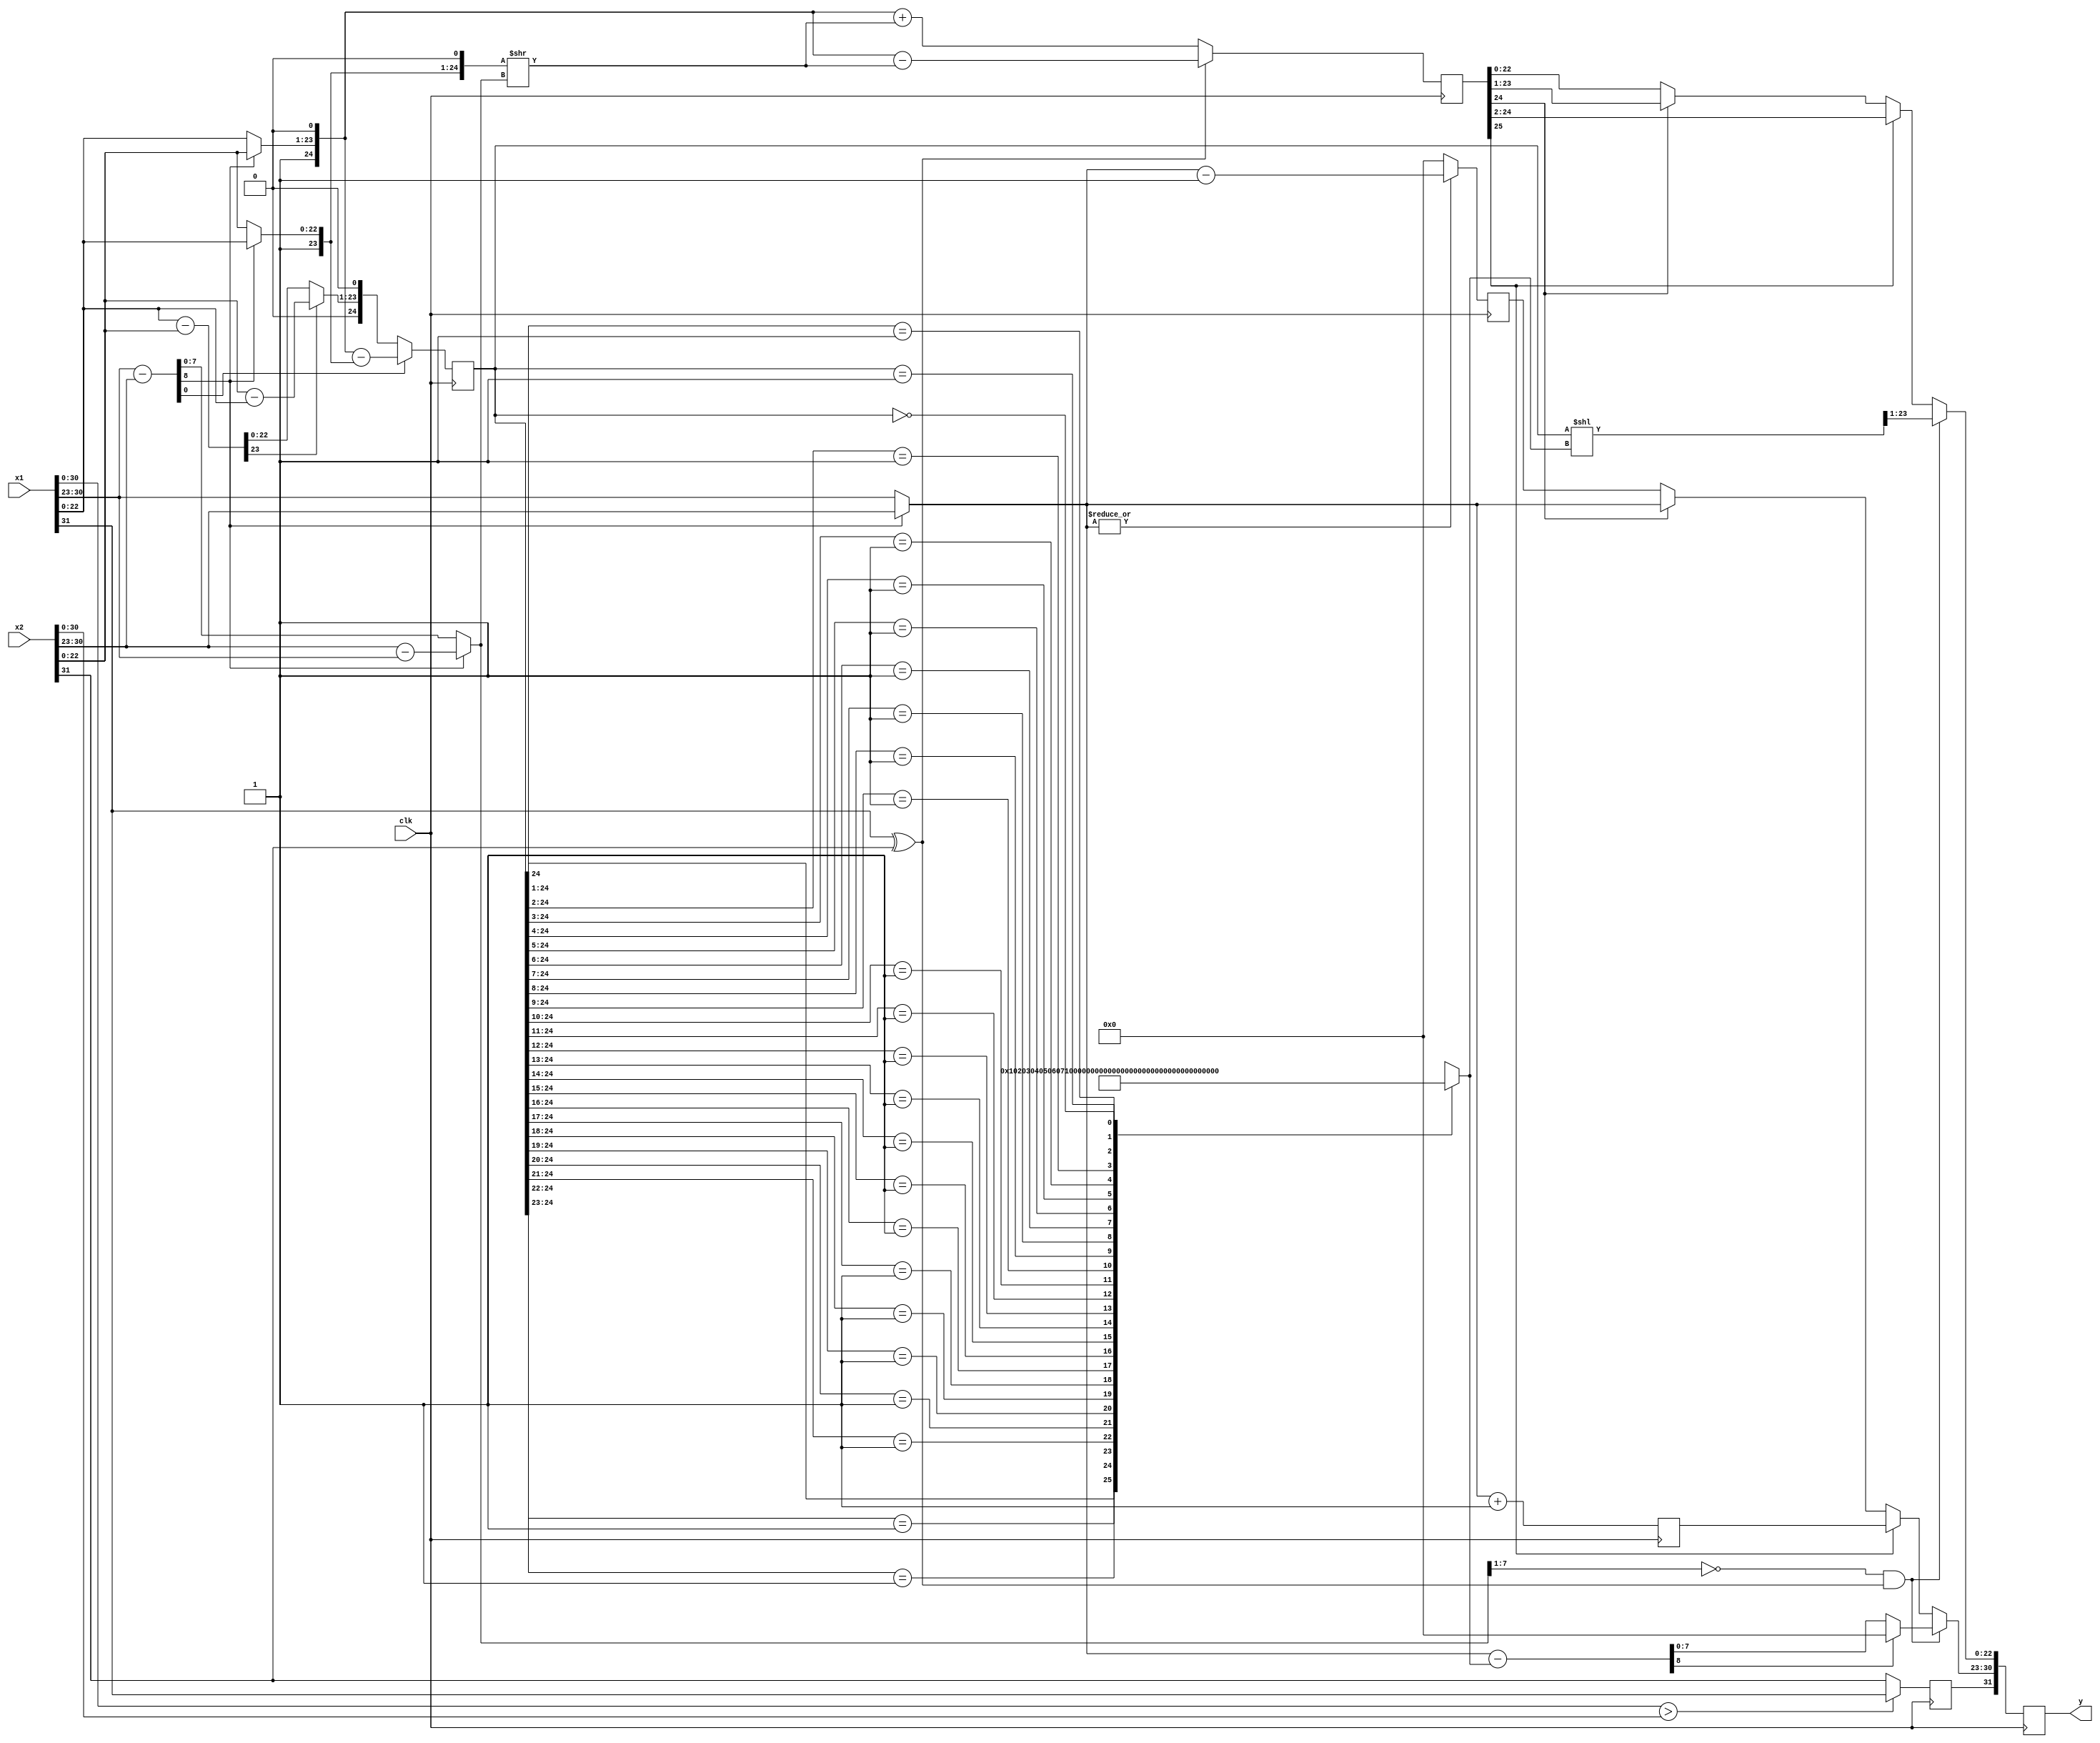
module fadd(
		input wire clk,
    input wire [31:0] x1,
    input wire [31:0] x2,
    output reg [31:0] y  // 2
		);

// x1,x2

    wire [7:0] e1,e2; // 0
    wire [22:0] mx1,mx2; // 0
    assign e1 = x1[30:23];
    assign mx1 = x1[22:0];
    assign e2 = x2[30:23];
    assign mx2 = x2[22:0];

    // path1,2
    wire [8:0] sm1; // 0
    wire [7:0] sm2; // 0
    wire [7:0] sm; // 0
    assign sm1 = e1 - e2;
    assign sm2 = e2 - e1;
    assign sm = (sm1[8]) ? sm2: sm1[7:0];

    wire [7:0] e1a; // 0
    wire [22:0] m1a,m2a; // 0
    assign e1a = (sm1[8]) ? e2: e1;
    assign m1a = (sm1[8]) ? mx2: mx1;
    assign m2a = (sm1[8]) ? mx1: mx2;

    // path1 |e1 - e2| = 0 or 1  
    wire [23:0] m1_01; // 0
    wire [22:0] m1_02; // 0
    assign m1_01 = mx1 - mx2;
    assign m1_02 = mx2 - mx1;

    wire [22:0] m1_0; // 0
    assign m1_0 = (m1_01[23]) ? m1_02: m1_01[22:0];

    wire [24:0] m1_1; // 0
    assign m1_1 = {1'b1,m1a,1'b0} - {2'b01,m2a};

    reg [24:0] m1; // 1
		always @(posedge clk) begin
    	m1 <= (sm1[0]) ? m1_1: {1'b0,m1_0,1'b0};
		end

    function [7:0] SE1 (
	input [24:0] M1
    );
    begin
	casex(M1)
  25'b1xxxxxxxxxxxxxxxxxxxxxxxx: SE1 = 8'd0;
  25'b01xxxxxxxxxxxxxxxxxxxxxxx: SE1 = 8'd1;
	25'b001xxxxxxxxxxxxxxxxxxxxxx: SE1 = 8'd2;
	25'b0001xxxxxxxxxxxxxxxxxxxxx: SE1 = 8'd3;
	25'b00001xxxxxxxxxxxxxxxxxxxx: SE1 = 8'd4;
  25'b000001xxxxxxxxxxxxxxxxxxx: SE1 = 8'd5;
	25'b0000001xxxxxxxxxxxxxxxxxx: SE1 = 8'd6;
	25'b00000001xxxxxxxxxxxxxxxxx: SE1 = 8'd7;
	25'b000000001xxxxxxxxxxxxxxxx: SE1 = 8'd8;
	25'b0000000001xxxxxxxxxxxxxxx: SE1 = 8'd9;
	25'b00000000001xxxxxxxxxxxxxx: SE1 = 8'd10;
	25'b000000000001xxxxxxxxxxxxx: SE1 = 8'd11;
	25'b0000000000001xxxxxxxxxxxx: SE1 = 8'd12;
	25'b00000000000001xxxxxxxxxxx: SE1 = 8'd13;
	25'b000000000000001xxxxxxxxxx: SE1 = 8'd14;
	25'b0000000000000001xxxxxxxxx: SE1 = 8'd15;
	25'b00000000000000001xxxxxxxx: SE1 = 8'd16;
	25'b000000000000000001xxxxxxx: SE1 = 8'd17;
	25'b0000000000000000001xxxxxx: SE1 = 8'd18;
	25'b00000000000000000001xxxxx: SE1 = 8'd19;
	25'b000000000000000000001xxxx: SE1 = 8'd20;
	25'b0000000000000000000001xxx: SE1 = 8'd21;
	25'b00000000000000000000001xx: SE1 = 8'd22;
	25'b000000000000000000000001x: SE1 = 8'd23;
	25'b0000000000000000000000001: SE1 = 8'd24;
  25'b0000000000000000000000000: SE1 = 8'd255;
	endcase
    end
    endfunction

		// m1=1, otherwise=0

    wire [7:0] se1; // 1
    assign se1 = SE1(m1);

    wire [24:0] mya1; // 1
    assign mya1 = m1 << se1;

    wire [22:0] my1; // 1
    assign my1 = mya1[23:1];
    
    wire [8:0] ey1a; // 1
    assign ey1a = e1a - se1;

    wire [7:0] ey1; // 1
    assign ey1 = (ey1a[8]) ? 8'b0: ey1a[7:0];

    // path2 
    wire [24:0] m2b; // 0
    assign m2b = {1'b1,m2a,1'b0} >> sm;

    // pm : 0 +, 1 -
    wire pm; // 0
    assign pm = x1[31] ^ x2[31];

    reg [25:0] mya2; // 1
		always @(posedge clk) begin
    	mya2 <= (pm) ? {2'b01,m1a,1'b0} - {1'b0,m2b}: {2'b01,m1a,1'b0} + {1'b0,m2b};
		end

    wire [22:0] my2; // 1
    assign my2 = (mya2[25]) ? mya2[24:2]:((mya2[24]) ? mya2[23:1]: mya2[22:0]);

    reg [7:0] ey2_p1,ey2_m1; // 1
		always @(posedge clk) begin
    	ey2_p1 <= e1a + 8'b1;
    	ey2_m1 <= (|e1a) ? e1a - 8'b1: 8'b0;
		end

    wire [7:0] ey2; // 1
    assign ey2 = (mya2[25]) ? ey2_p1: ((mya2[24]) ? e1a: ey2_m1); 

    // path
    wire flag1; // 0
    assign flag1 = (sm[7:1] == 7'b0 & pm);

    reg sy; // 1
		always @(posedge clk) begin
    	sy <= (x1[30:0] > x2[30:0]) ? x1[31]: x2[31];
		end

    wire [7:0] ey; // 1
    assign ey = (flag1) ? ey1: ey2;

    wire [22:0] my; // 1
    assign my = (flag1) ? my1: my2;

		always @(posedge clk) begin
    	y <= {sy,ey,my};
		end

endmodule